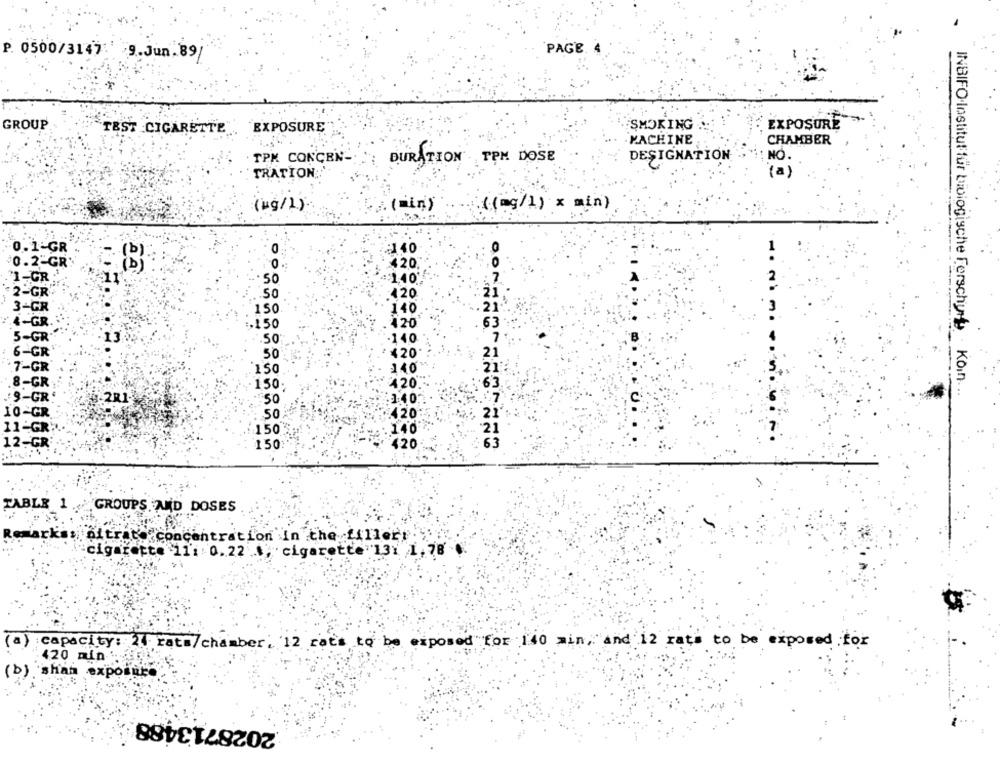
PAGE
P. 0500/3147 9.Jun.89|
GROUP
TEST CIGARETTE.
EXPOSURE
SMOKING
EXPOSURE
MACHINE
CHAMBER
TPM CONCEN-
DESIGNATION
: NO.
DURATION TPM DOSE
TRATION:'
(a)
(min)
(Mg/1)
:(mg/1) x min)
0.1-GR
0
140
0.2-GR
420
1-GR :'
50
:140
2-GR
50
420
3-GR
150
140
4-GR.
,150
120
63
5-GR
.50
-140
6-GR
50
420
21
7-GR
150
140
420
.8-GR
-150-
INBIFO-Institut für biologische Forschung · Koin ...
J9-GR
50
3.40
10-GR
50
420
11-GR
150"
140
12-GR
150
420
TABLE 1 .
GROUPS AND DOSES
cks
altrat' concentration In the fillerr.
cigarette 11: 0.22 , cigarette 13: 1,78
capacity: 24 rats/chamber. 12 rats to be exposed for 140 min, and 12 rats to be exposed for
420 min- 1 ..
(b) sham exposure.
2028713488